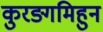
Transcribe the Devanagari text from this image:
कुरङ्गमिहुन